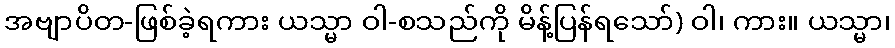
အဗျာပိတ-ဖြစ်ခဲ့ရကား ယသ္မာ ဝါ-စသည်ကို မိန့်ပြန်ရသော်) ဝါ၊ ကား။ ယသ္မာ၊